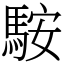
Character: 𩣑